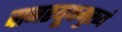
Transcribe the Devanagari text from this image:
वानरयूथमुख्यं